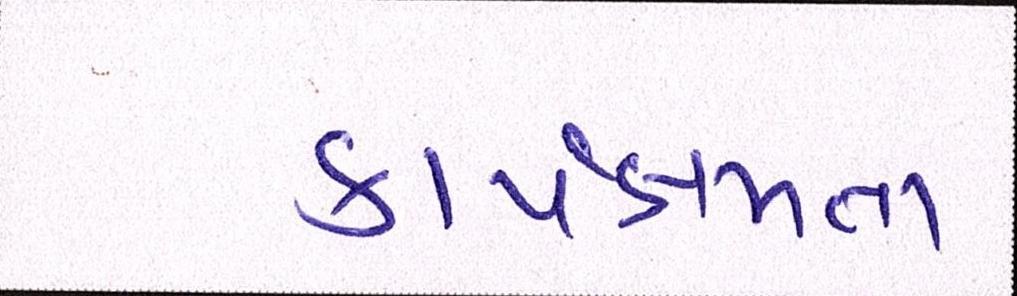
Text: કાર્યક્ષમતા